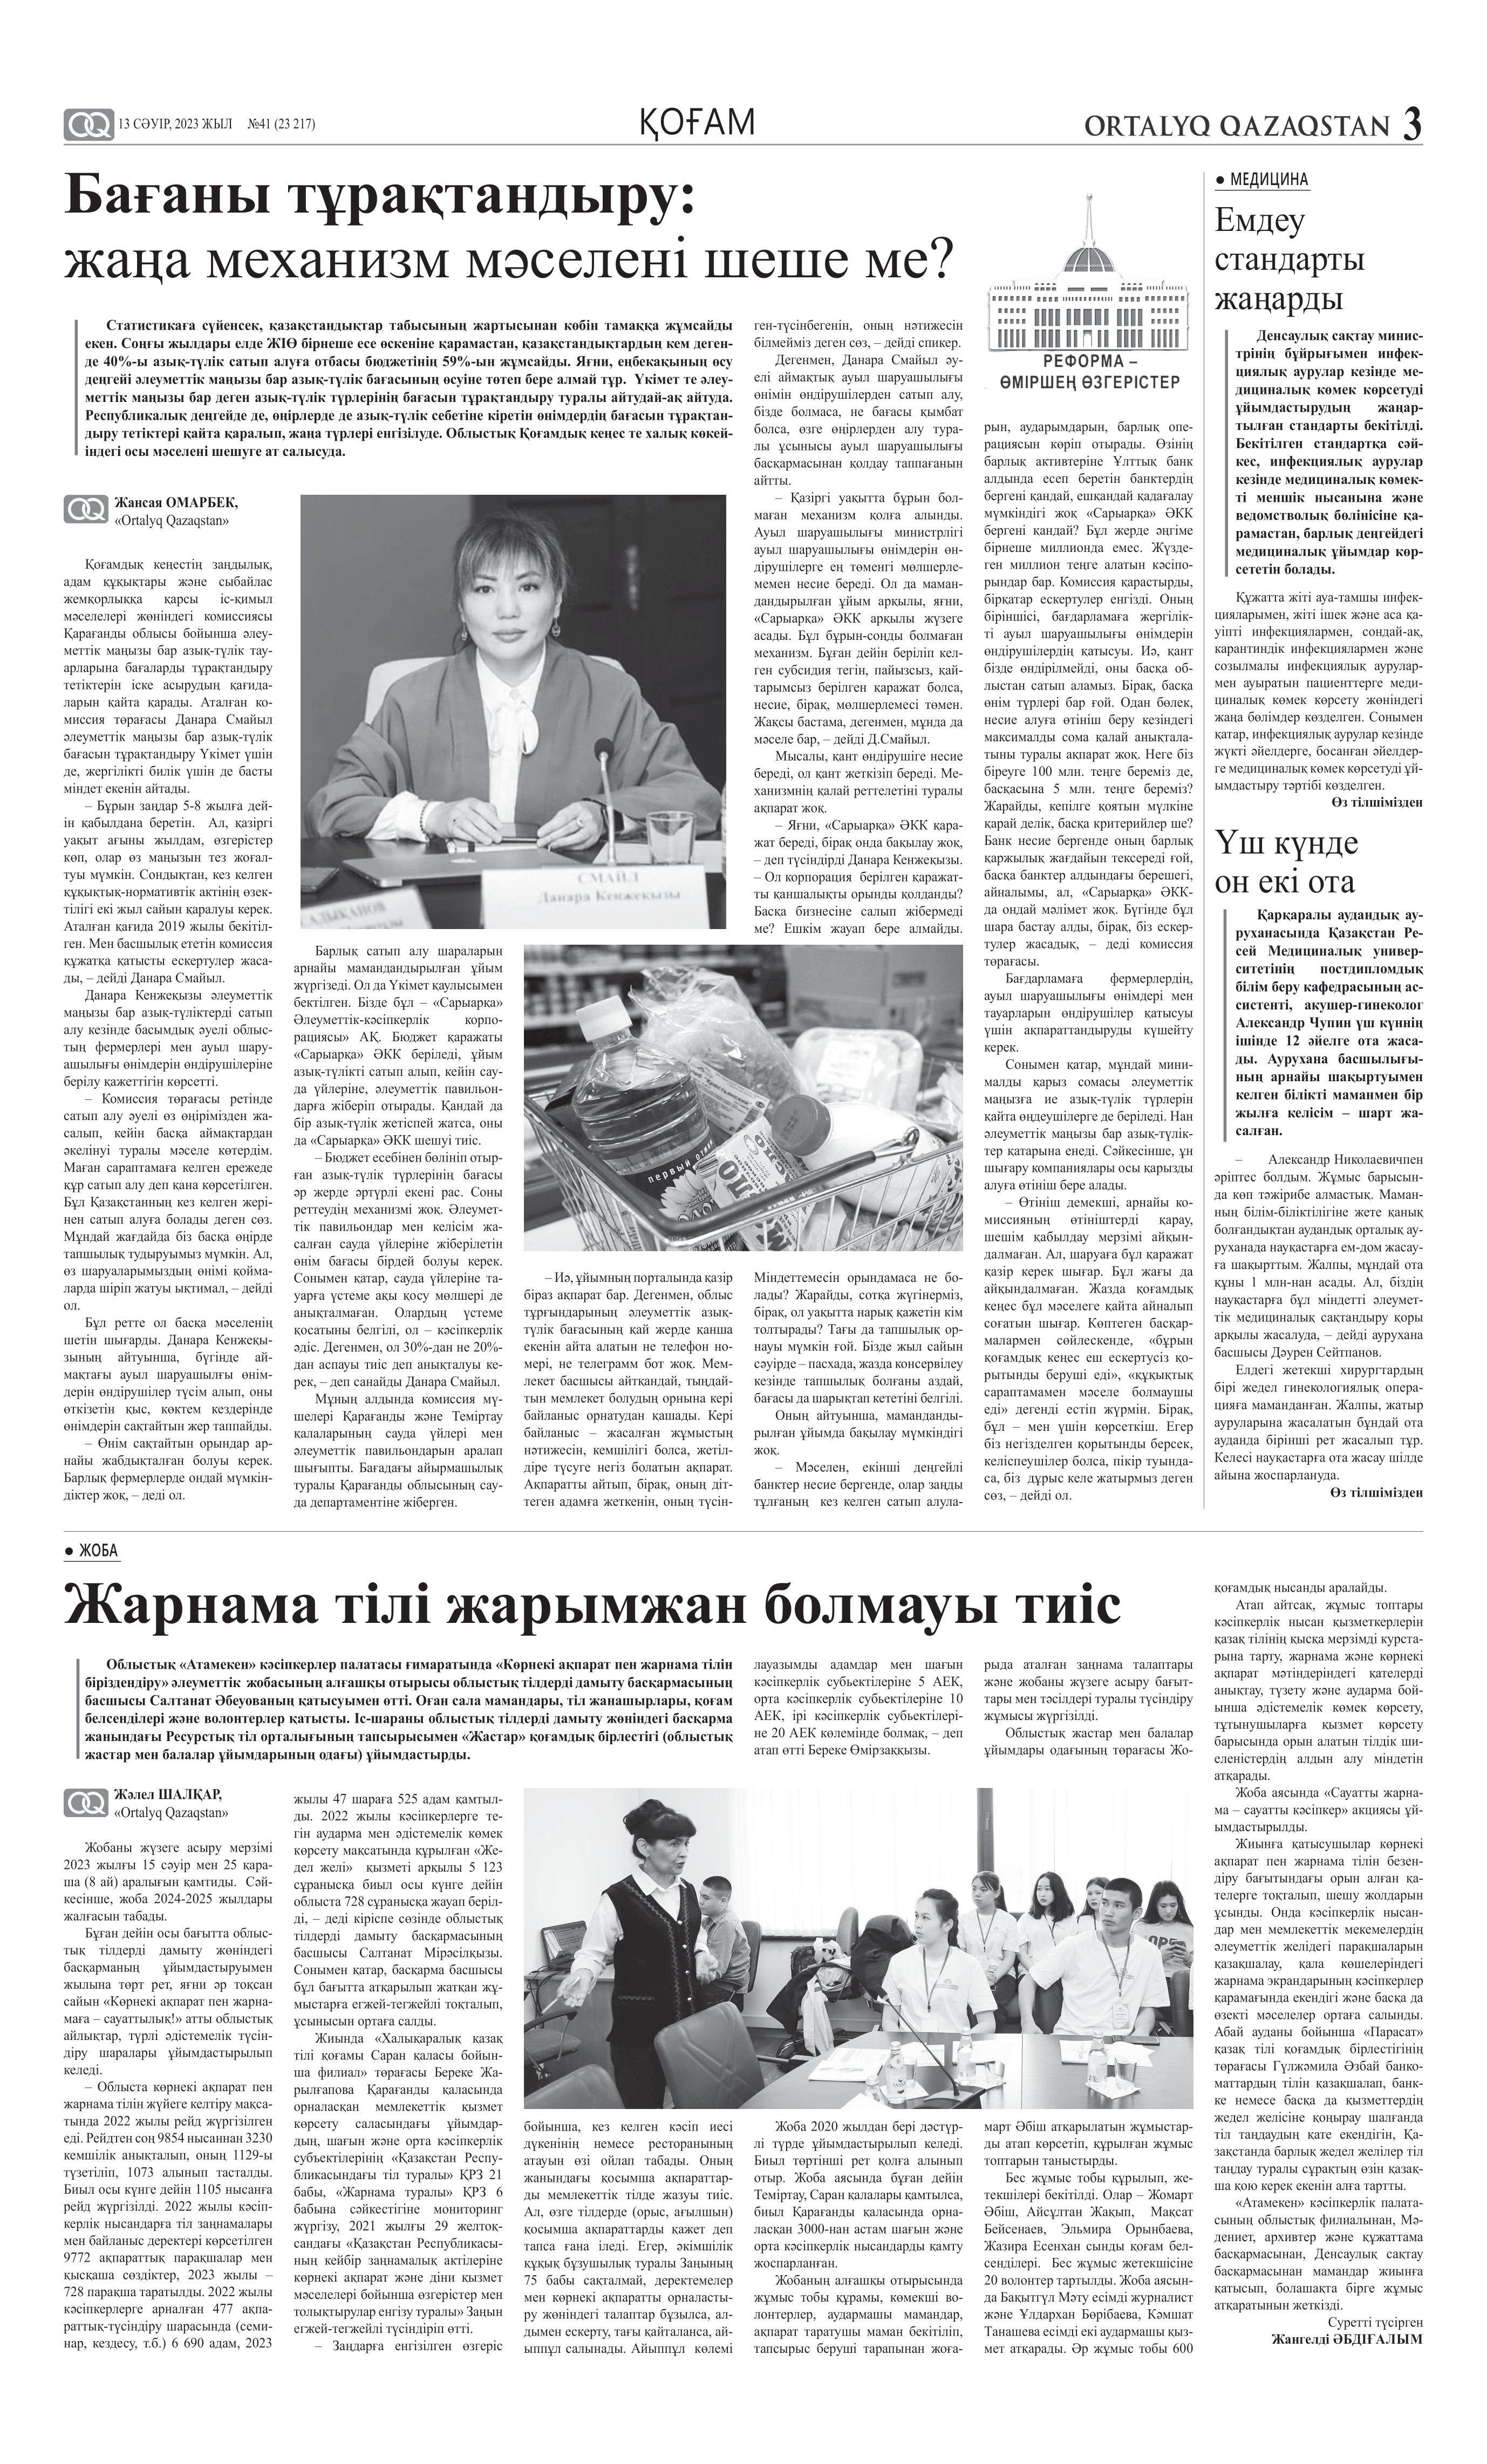
Language: kk